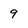
Character: 9